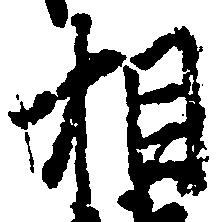
相